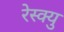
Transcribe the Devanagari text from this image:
रेस्क्यु